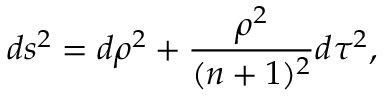
d s ^ { 2 } = d \rho ^ { 2 } + \frac { \rho ^ { 2 } } { ( n + 1 ) ^ { 2 } } d \tau ^ { 2 } ,